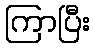
ကြာပြီး